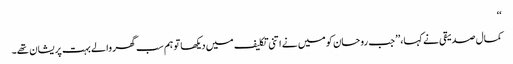
‘‘
کمال صدیقی نے کہا،’’ جب روحان کو میں نے اتنی تکلیف میں دیکھا تو ہم سب گھر والے بہت پریشان تھے۔